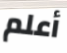
أعلم